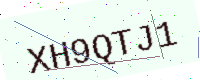
Text: XH9QTJ1